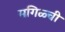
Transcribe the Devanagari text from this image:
मगिळ्ची